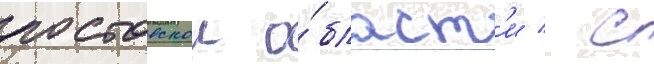
ростовскои о́бласт'и / с